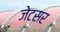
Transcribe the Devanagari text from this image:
जेटसर